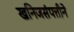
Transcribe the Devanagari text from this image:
खनिजसंपत्तीने